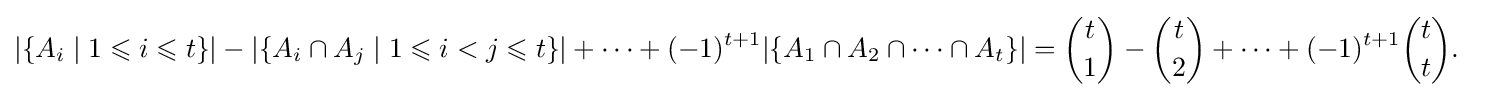
{\begin{aligned}|\{A_{i}\mid 1\leqslant i\leqslant t\}|&-|\{A_{i}\cap A_{j}\mid 1\leqslant i<j\leqslant t\}|+\cdots +(-1)^{t+1}|\{A_{1}\cap A_{2}\cap \cdots \cap A_{t}\}|={\binom {t}{1}}-{\binom {t}{2}}+\cdots +(-1)^{t+1}{\binom {t}{t}}.\end{aligned}}